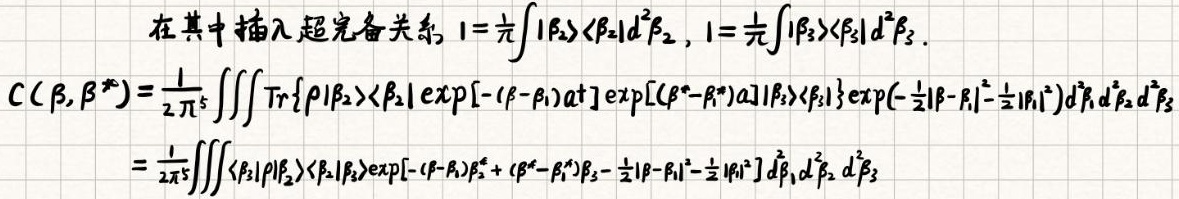
在其中插入超完备关系, $1=\frac{1}{\pi} \int\left|\beta_{2}\right\rangle\left\langle\beta_{2}\right| d^{2} \beta_{2}, 1=\frac{1}{\pi} \int\left|\beta_{3}\right\rangle\left\langle\beta_{3}\right| d^{2} \beta_{3} .$
$$
\begin{aligned}
C\left(\beta, \beta^{*}\right) & =\frac{1}{2 \pi^{5}} \iiint \operatorname{Tr}\left\{\rho\left|\beta_{2}\right\rangle\left\langle\beta_{2}\left|\exp \left[-\left(\beta-\beta_{1}\right) a^{\dagger}\right] \exp \left[\left(\beta^{*}-\beta_{1}^{*}\right) a\right]\right| \beta_{3}\right\rangle\left\langle\beta_{3}\right|\right\} \exp \left(-\frac{1}{2}\left|\beta-\beta_{1}\right|^{2}-\frac{1}{2}\left|\beta_{1}\right|^{2}\right) d^{2} \beta_{1} d^{2} \beta_{2} d^{2} \beta_{3} \\
& =\frac{1}{2 \pi^{5}} \iiint\left\langle\beta_{3}|\rho| \beta_{2}\right\rangle\left\langle\beta_{2} \mid \beta_{3}\right\rangle \exp \left[-\left(\beta-\beta_{1}\right) \beta_{2}^{*}+\left(\beta^{*}-\beta_{1}^{*}\right) \beta_{3}-\frac{1}{2}\left|\beta-\beta_{1}\right|^{2}-\frac{1}{2}\left|\beta_{1}\right|^{2}\right] d^{2} \beta_{1} d^{2} \beta_{2} d^{2} \beta_{3}
\end{aligned}
$$